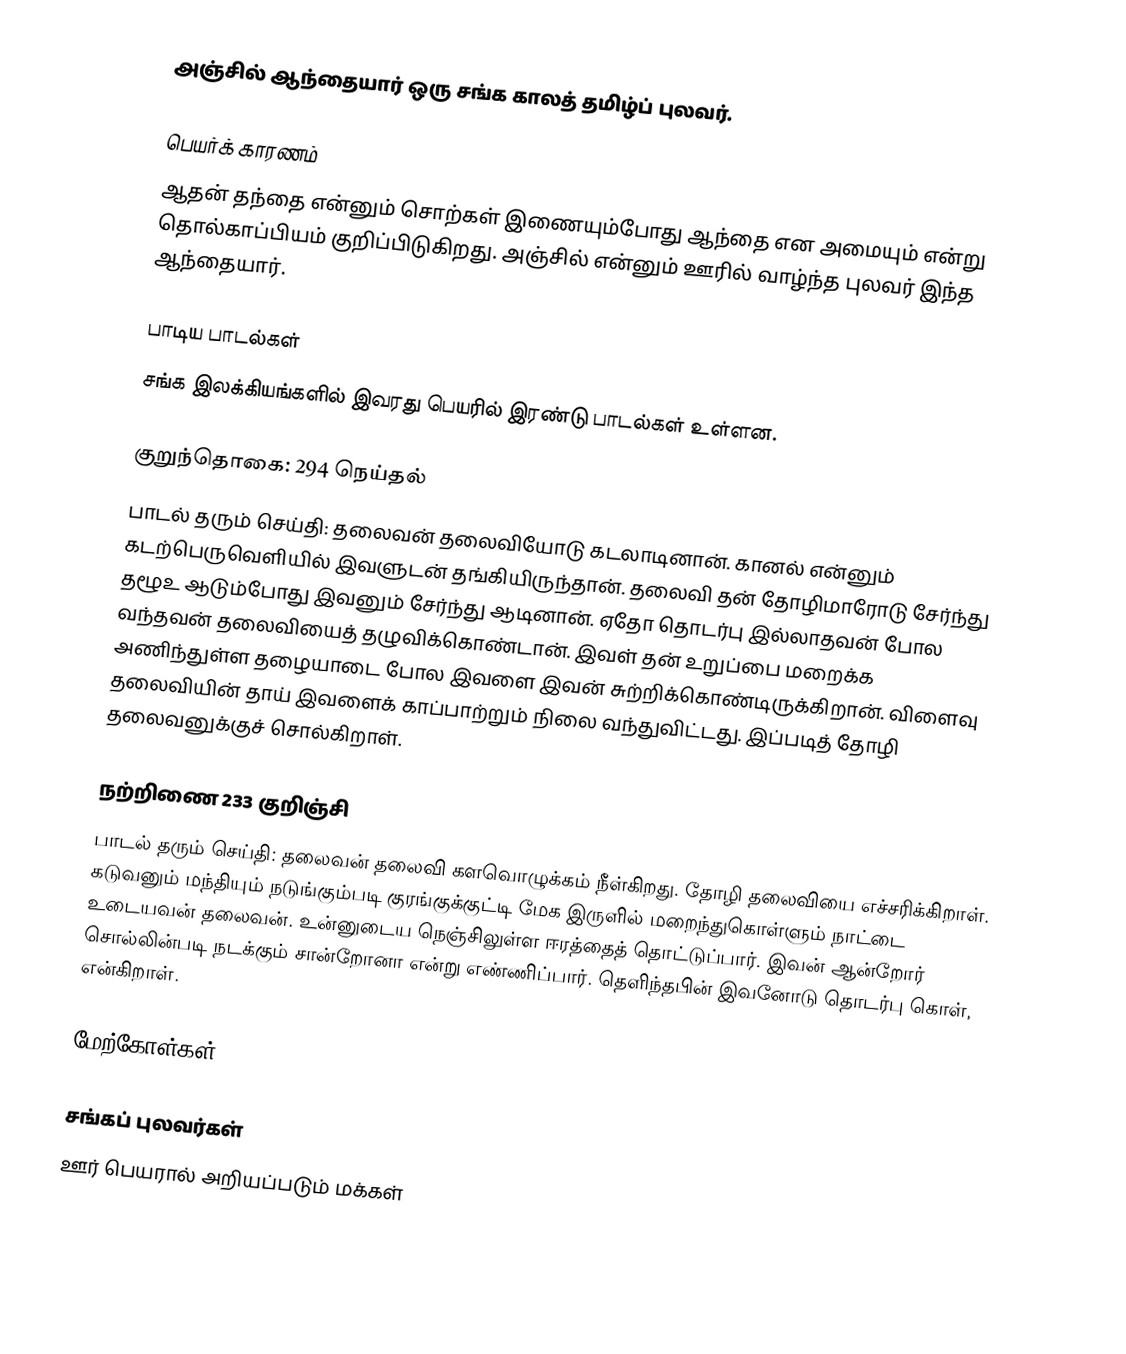
அஞ்சில் ஆந்தையார் ஒரு சங்க காலத் தமிழ்ப் புலவர்.

பெயர்க் காரணம்
ஆதன் தந்தை என்னும் சொற்கள் இணையும்போது ஆந்தை என அமையும் என்று தொல்காப்பியம் குறிப்பிடுகிறது. அஞ்சில் என்னும் ஊரில் வாழ்ந்த புலவர் இந்த ஆந்தையார்.

பாடிய பாடல்கள்
சங்க இலக்கியங்களில் இவரது பெயரில் இரண்டு பாடல்கள் உள்ளன.

குறுந்தொகை: 294 நெய்தல்
பாடல் தரும் செய்தி: தலைவன் தலைவியோடு கடலாடினான். கானல் என்னும் கடற்பெருவெளியில்  இவளுடன் தங்கியிருந்தான். தலைவி தன் தோழிமாரோடு சேர்ந்து தழூஉ ஆடும்போது  இவனும் சேர்ந்து ஆடினான். ஏதோ தொடர்பு இல்லாதவன் போல வந்தவன் தலைவியைத் தழுவிக்கொண்டான்.  இவள் தன் உறுப்பை மறைக்க அணிந்துள்ள தழையாடை போல  இவளை  இவன் சுற்றிக்கொண்டிருக்கிறான். விளைவு தலைவியின் தாய்  இவளைக் காப்பாற்றும் நிலை வந்துவிட்டது. இப்படித் தோழி தலைவனுக்குச் சொல்கிறாள்.

நற்றிணை 233 குறிஞ்சி
பாடல் தரும் செய்தி: தலைவன் தலைவி களவொழுக்கம் நீள்கிறது. தோழி தலைவியை எச்சரிக்கிறாள். கடுவனும் மந்தியும் நடுங்கும்படி குரங்குக்குட்டி மேக இருளில் மறைந்துகொள்ளும் நாட்டை உடையவன் தலைவன். உன்னுடைய நெஞ்சிலுள்ள ஈரத்தைத் தொட்டுப்பார்.  இவன் ஆன்றோர் சொல்லின்படி நடக்கும் சான்றோனா என்று எண்ணிப்பார். தெளிந்தபின் இவனோடு தொடர்பு கொள், என்கிறாள்.

மேற்கோள்கள்

சங்கப் புலவர்கள்
ஊர் பெயரால் அறியப்படும் மக்கள்